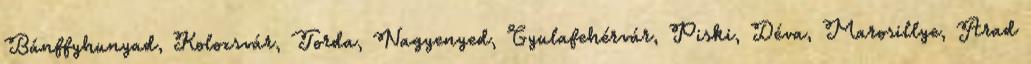
Bánffyhunyad, Kolozsvár, Torda, Nagyenyed, Gyulafehérvár, Piski, Déva, Marosillye, Arad